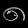
Digit: ၈